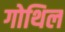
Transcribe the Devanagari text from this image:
गोथिल